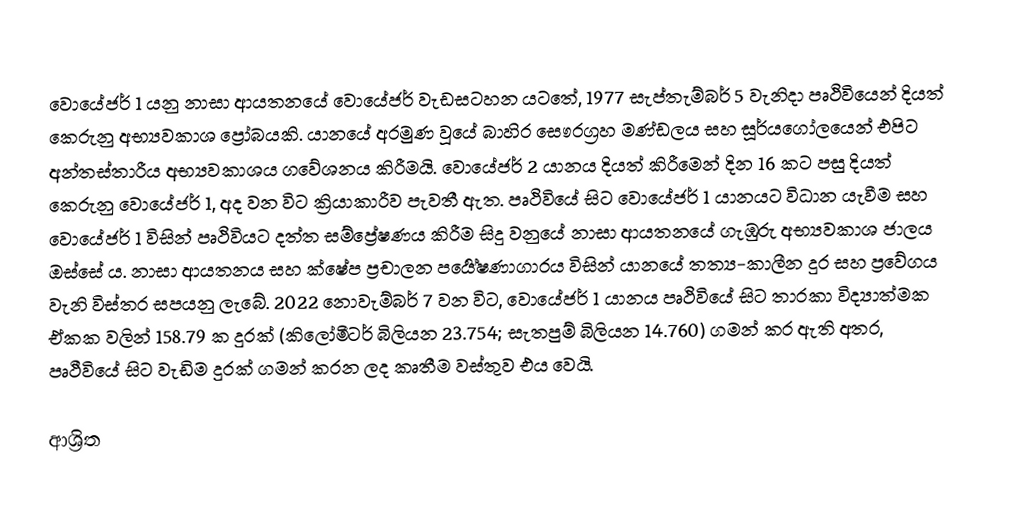
වොයේජර් 1 යනු නාසා ආයතනයේ වොයේජර් වැඩසටහන යටතේ, 1977 සැප්තැම්බර් 5 වැනිදා පෘථිවියෙන් දියත් කෙරුනු අභ්‍යවකාශ ප්‍රෝබයකි. යානයේ අරමුණ වූයේ බාහිර සෞරග්‍රහ මණ්ඩලය සහ සූර්යගෝලයෙන් එපිට අන්තස්තාරීය අභ්‍යවකාශය ගවේශනය කිරීමයි. වොයේජර් 2 යානය දියත් කිරීමෙන් දින 16 කට පසු දියත් කෙරුනු වොයේජර් 1, අද වන විට  ක්‍රියාකාරීව පැවතී ඇත. පෘථිවියේ සිට වොයේජර් 1 යානයට විධාන යැවීම සහ වොයේජර් 1 විසින් පෘථිවියට දත්ත සම්ප්‍රේෂණය කිරීම සිදු වනුයේ නාසා ආයතනයේ ගැඹුරු අභ්‍යවකාශ ජාලය ඔස්සේ ය. නාසා ආයතනය සහ ක්ෂේප ප්‍රචාලන පර්‍යේෂණාගාරය විසින් යානයේ තත්‍ය-කාලීන දුර සහ ප්‍රවේගය වැනි විස්තර සපයනු ලැබේ. 2022 නොවැම්බර් 7 වන විට, වොයේජර් 1 යානය පෘථිවියේ සිට තාරකා විද්‍යාත්මක ඒකක වලින් 158.79 ක දුරක් (කිලෝමීටර් බිලියන 23.754; සැතපුම් බිලියන 14.760) ගමන් කර ඇති අතර, පෘථීවියේ සිට වැඩිම දුරක් ගමන් කරන ලද කෘතීම වස්තුව එය වෙයි.

ආශ්‍රිත